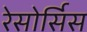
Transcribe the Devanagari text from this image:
रेसोर्सिस